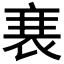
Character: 𮕱